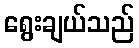
ရွေးချယ်သည်